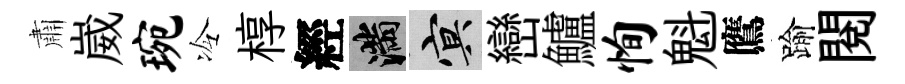
肅崴琬冷椁經滿冥巒鱸恂魁鷹踰閲